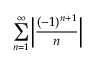
\sum _ { n = 1 } ^ { \infty } { \bigg | } { \frac { ( - 1 ) ^ { n + 1 } } { n } } { \bigg | }